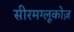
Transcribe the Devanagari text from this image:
सीरमग्लूकोज़